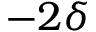
- 2 \delta